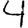
Digit: 4